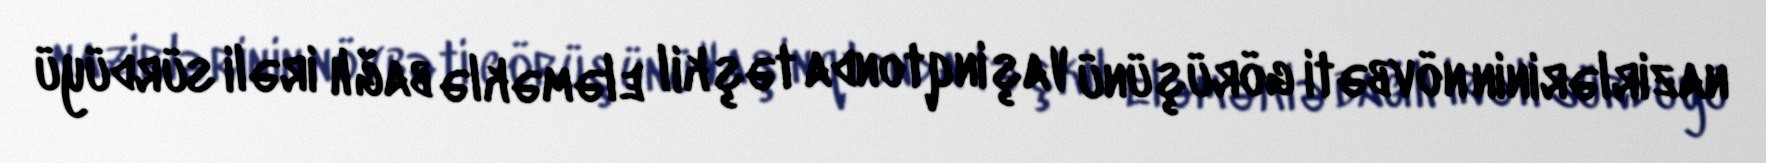
nazirlərinin növbəti görüşünü Vaşinqtonda təşkil eləməklə bağlı irəli sürdüyü